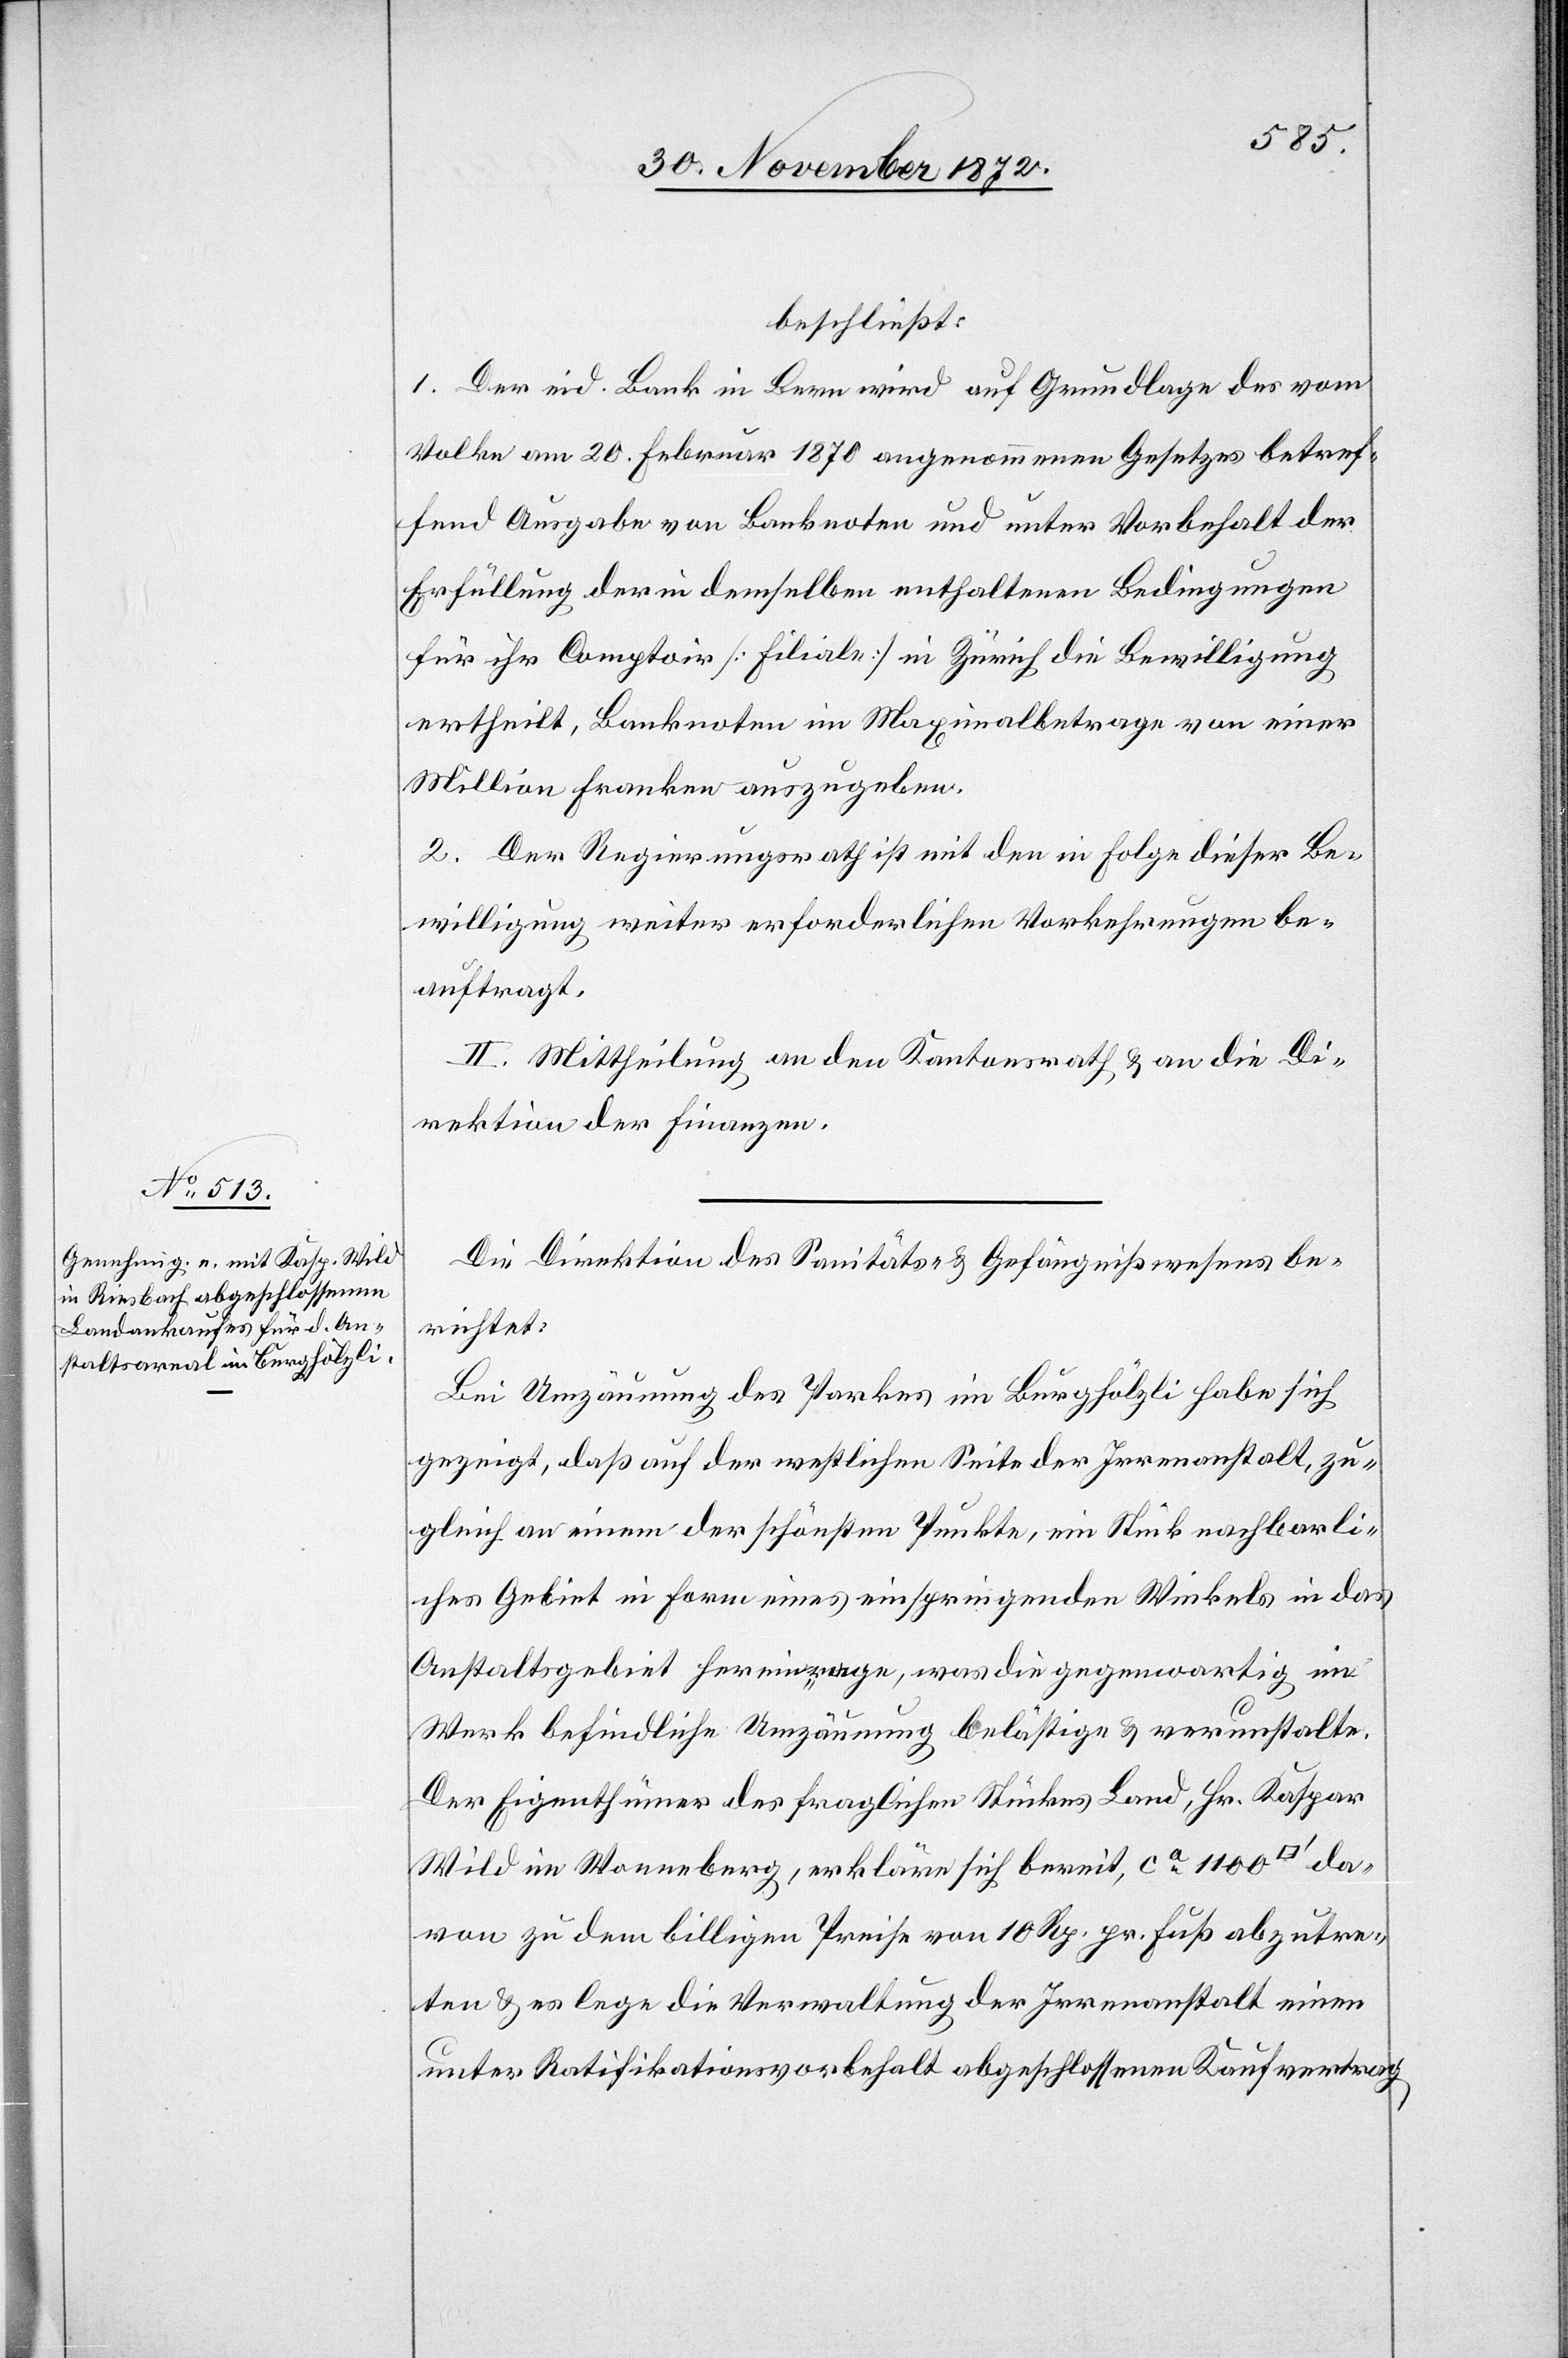
beschließt:
1. Der eid. Bank in Bern wird auf Grundlage des vom
Volke am 20. Februar 1870 angenommenen Gesetzes betref¬
fend Ausgabe von Banknoten und unter Vorbehalt der
Erfüllung der in demselben enthaltenen Bedingungen
für ihr Comptoir [Filiale] in Zürich die Bewilligung
ertheilt, Banknoten im Maximalbetrage von einer
Million Franken auszugeben.
2. Der Regierungsrath ist mit den in Folge dieser Be¬
willigung weiter erforderlichen Vorkehrungen be¬
auftragt.
II. Mittheilung an den Kantonsrath u. an die Di¬
rektion der Finanzen.
Die Direktion des Sanitäts- u. Gefängnißwesens be¬
richtet:
Bei Umzäunung des Parkes im Burghölzli habe sich
gezeigt, daß auf der westlichen Seite der Irrenanstalt, zu¬
gleich an einem der schönsten Punkte, ein Stück nachbarli¬
ches Gebiet in Form eines einspringenden Winkels in das
Anstaltsgebiet hereinrage, was die gegenwartig
Werk befindliche Umzäunung belästige u. verunstalte.
Der Eigenthümer des fraglichen Stückes Land, Hr. Kaspar
Wild im Wonneberg, erkläre sich bereit, ca 1 100
davon zu dem billigen Preise von 10 Rp. pr. Fuß abzutre¬
ten u. es lege die Verwaltung der Irrenanstalt einen
unter Ratifikationsvorbehalt abgeschlossenen Kaufvertrag